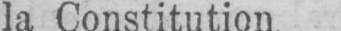
la Constitution.